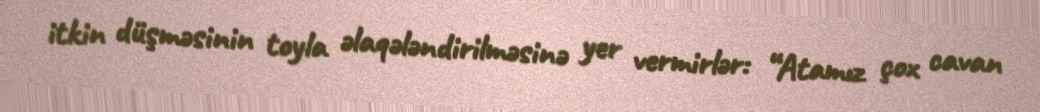
itkin düşməsinin toyla əlaqələndirilməsinə yer vermirlər: “Atamız çox cavan